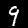
Label: 9